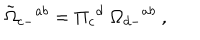
{ \tilde { \Omega } } _ { c - } { } ^ { a b } = \Pi _ { c } { } ^ { d } \; \Omega _ { d - } { } ^ { a b } \ ,